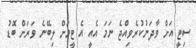
ސިޓީ އަށް ވާދަނުކުރެވިއްޖެ ނަމަ އެއީ އެ ޓީމަށް ލިބޭނެ ވަރަށް ބޮޑު